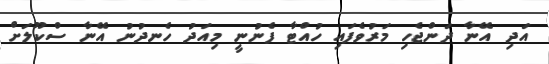
އަދި އޭނާ ދަންޖެހި މަރުވެފައި ހުއްޓާ ފެނުނީ މިއަދު ހެނދުނު އޭނާ ސްކޫލަށް